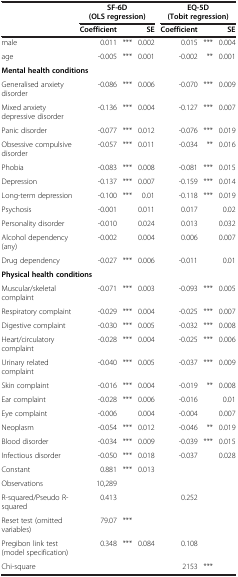
<table><thead><tr><td rowspan="2"><b> </b></td><td colspan="3"><b>SF-6D (OLS regression)</b></td><td colspan="3"><b>EQ-5D (Tobit regression)</b></td></tr><tr><td><b>Coefficient</b></td><td><b> </b></td><td><b>SE</b></td><td><b>Coefficient</b></td><td><b> </b></td><td><b>SE</b></td></tr></thead><tbody><tr><td>male</td><td>0.011</td><td>***</td><td>0.002</td><td>0.015</td><td>***</td><td>0.004</td></tr><tr><td>age</td><td>-0.005</td><td>***</td><td>0.001</td><td>-0.002</td><td>**</td><td>0.001</td></tr><tr><td colspan="7"><b>Mental health conditions</b></td></tr><tr><td>Generalised anxiety disorder</td><td>-0.086</td><td>***</td><td>0.006</td><td>-0.070</td><td>***</td><td>0.009</td></tr><tr><td>Mixed anxiety depressive disorder</td><td>-0.136</td><td>***</td><td>0.004</td><td>-0.127</td><td>***</td><td>0.007</td></tr><tr><td>Panic disorder</td><td>-0.077</td><td>***</td><td>0.012</td><td>-0.076</td><td>***</td><td>0.019</td></tr><tr><td>Obsessive compulsive disorder</td><td>-0.057</td><td>***</td><td>0.011</td><td>-0.034</td><td>**</td><td>0.016</td></tr><tr><td>Phobia</td><td>-0.083</td><td>***</td><td>0.008</td><td>-0.081</td><td>***</td><td>0.015</td></tr><tr><td>Depression</td><td>-0.137</td><td>***</td><td>0.007</td><td>-0.159</td><td>***</td><td>0.014</td></tr><tr><td>Long-term depression</td><td>-0.100</td><td>***</td><td>0.01</td><td>-0.118</td><td>***</td><td>0.019</td></tr><tr><td>Psychosis</td><td>-0.001</td><td> </td><td>0.011</td><td>0.017</td><td> </td><td>0.02</td></tr><tr><td>Personality disorder</td><td>-0.010</td><td> </td><td>0.024</td><td>0.013</td><td> </td><td>0.032</td></tr><tr><td>Alcohol dependency (any)</td><td>-0.002</td><td> </td><td>0.004</td><td>0.006</td><td> </td><td>0.007</td></tr><tr><td>Drug dependency</td><td>-0.027</td><td>***</td><td>0.006</td><td>-0.011</td><td> </td><td>0.01</td></tr><tr><td colspan="7"><b>Physical health conditions</b></td></tr><tr><td>Muscular/skeletal complaint</td><td>-0.071</td><td>***</td><td>0.003</td><td>-0.093</td><td>***</td><td>0.005</td></tr><tr><td>Respiratory complaint</td><td>-0.029</td><td>***</td><td>0.004</td><td>-0.025</td><td>***</td><td>0.007</td></tr><tr><td>Digestive complaint</td><td>-0.030</td><td>***</td><td>0.005</td><td>-0.032</td><td>***</td><td>0.008</td></tr><tr><td>Heart/circulatory complaint</td><td>-0.028</td><td>***</td><td>0.004</td><td>-0.025</td><td>***</td><td>0.006</td></tr><tr><td>Urinary related complaint</td><td>-0.040</td><td>***</td><td>0.005</td><td>-0.037</td><td>***</td><td>0.009</td></tr><tr><td>Skin complaint</td><td>-0.016</td><td>***</td><td>0.004</td><td>-0.019</td><td>**</td><td>0.008</td></tr><tr><td>Ear complaint</td><td>-0.028</td><td>***</td><td>0.006</td><td>-0.016</td><td> </td><td>0.01</td></tr><tr><td>Eye complaint</td><td>-0.006</td><td> </td><td>0.004</td><td>-0.004</td><td> </td><td>0.007</td></tr><tr><td>Neoplasm</td><td>-0.054</td><td>***</td><td>0.012</td><td>-0.046</td><td>**</td><td>0.019</td></tr><tr><td>Blood disorder</td><td>-0.034</td><td>***</td><td>0.009</td><td>-0.039</td><td>***</td><td>0.015</td></tr><tr><td>Infectious disorder</td><td>-0.050</td><td>***</td><td>0.018</td><td>-0.037</td><td> </td><td>0.028</td></tr><tr><td>Constant</td><td>0.881</td><td>***</td><td>0.013</td><td> </td><td> </td><td> </td></tr><tr><td>Observations</td><td>10,289</td><td> </td><td> </td><td> </td><td> </td><td> </td></tr><tr><td>R-squared/Pseudo R-squared</td><td>0.413</td><td> </td><td> </td><td>0.252</td><td> </td><td> </td></tr><tr><td>Reset test (omitted variables)</td><td>79.07</td><td>***</td><td> </td><td> </td><td> </td><td> </td></tr><tr><td>Pregibon link test (model specification)</td><td>0.348</td><td>***</td><td>0.084</td><td>0.108</td><td> </td><td> </td></tr><tr><td>Chi-square</td><td> </td><td> </td><td> </td><td>2153</td><td>***</td><td> </td></tr></tbody></table>